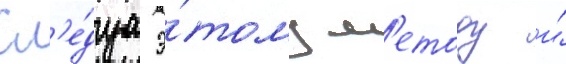
Сл'е́дуа э́тому м'етоду и́